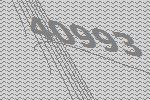
40993